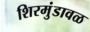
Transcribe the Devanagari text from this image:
शिरमुंडावळ